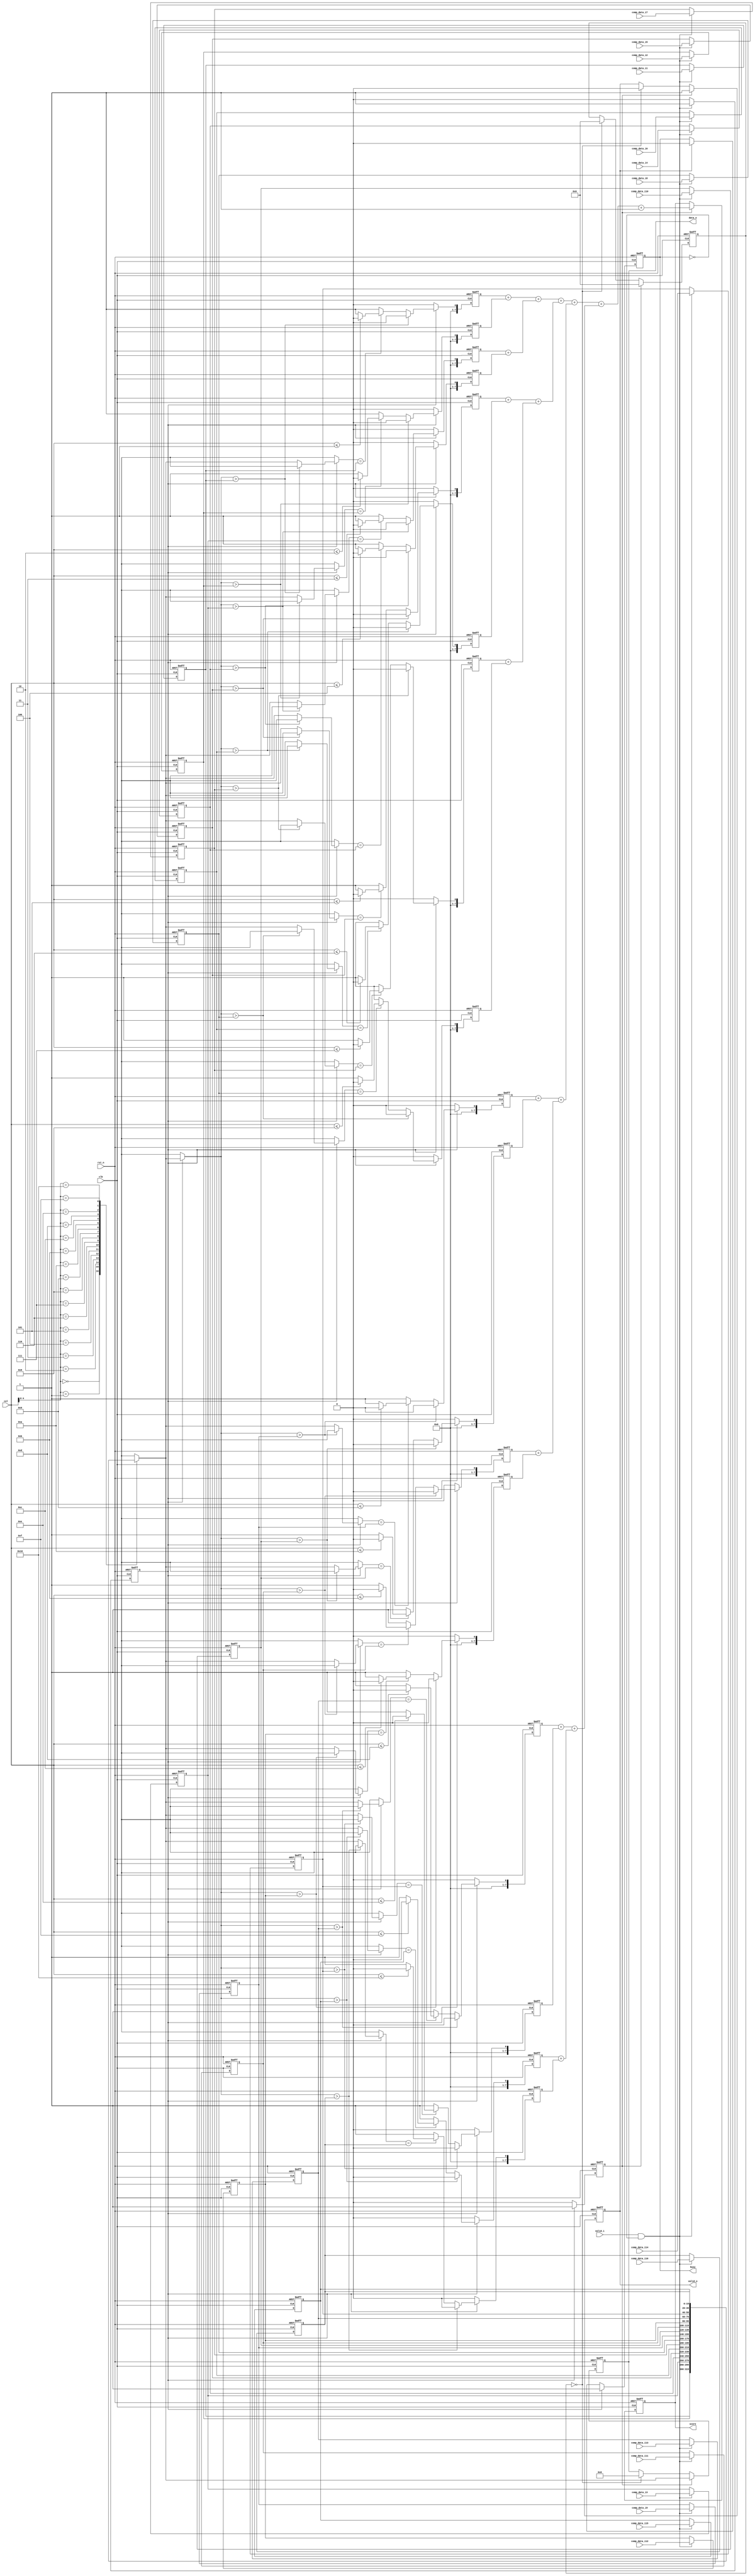
//
module comp_parallel #( 	
	parameter  	COL_WIDTH = 16
)(
	input	    wire						clk,
	input	    wire						rst_n,
	input	    wire		[19:0]		    comp_data_i1, 
	input	    wire		[19:0]		    comp_data_i2, 
	input	    wire		[19:0]		    comp_data_i3, 
	input	    wire		[19:0]		    comp_data_i4, 
	input	    wire		[19:0]		    comp_data_i5, 
	input	    wire		[19:0]		    comp_data_i6, 
	input	    wire		[19:0]		    comp_data_i7, 
	input	    wire		[19:0]		    comp_data_i8, 
	input	    wire		[19:0]		    comp_data_i9, 
	input	    wire		[19:0]		    comp_data_i10, 
	input	    wire		[19:0]		    comp_data_i11, 
	input	    wire		[19:0]		    comp_data_i12, 
	input	    wire		[19:0]		    comp_data_i13, 
	input	    wire		[19:0]		    comp_data_i14, 
	input	    wire		[19:0]		    comp_data_i15, 
	input	    wire		[19:0]		    comp_data_i16, 
	input	    wire						valid_i,	  	 	
	input	    wire		[7:0]			col,
	
	output		reg	    	[7:0]			score,
	output		reg	    	[19:0]		    data_o,
	output		reg						    valid_o,
	output		reg						    busy
);
//--------------------------------------------------------------------------------
	reg										comp_valid_f;					    
	reg										comp_valid_i	[COL_WIDTH:1];
	reg			[7:0]						score_i			[COL_WIDTH:1];
	//reg			[7:0]						count;
	reg			[7:0]						add_cnt;
    reg         [19:0]                      comp_data		[COL_WIDTH:1];
//--------------------------------------------------------------------------------
//----------------------------------------------------------
//----------------------------------------------------
	always@(posedge	clk	or negedge	rst_n) begin
		if(!rst_n)
			busy <= 0;
		else if(comp_valid_f)
			busy <= 1;
		else if(valid_o)
			busy <= 0;
	end
//-----------------------------------------------------------
//----------------------------------------------------
	always@(posedge	clk	or negedge	rst_n) begin
		if(!rst_n) begin
			comp_valid_f <= 0;
			comp_data[1] <= 0;
			comp_data[2] <= 0;
			comp_data[3] <= 0;
			comp_data[4] <= 0;
			comp_data[5] <= 0;
			comp_data[6] <= 0;
			comp_data[7] <= 0;
			comp_data[8] <= 0;
			comp_data[9] <= 0;
			comp_data[10] <= 0;
			comp_data[11] <= 0;
			comp_data[12] <= 0;
			comp_data[13] <= 0;
			comp_data[14] <= 0;
			comp_data[15] <= 0;
			comp_data[16] <= 0;
			//count <= 1;
		end
		else if(valid_i && (~busy)) begin
			//comp_data[count] <= comp_data_i;
			//count <= count + 1;
			comp_valid_f <= 1;
			comp_data[1] <= comp_data_i1;
			comp_data[2] <= comp_data_i2;
			comp_data[3] <= comp_data_i3;
			comp_data[4] <= comp_data_i4;
			comp_data[5] <= comp_data_i5;
			comp_data[6] <= comp_data_i6;
			comp_data[7] <= comp_data_i7;
			comp_data[8] <= comp_data_i8;
			comp_data[9] <= comp_data_i9;
			comp_data[10] <= comp_data_i10;
			comp_data[11] <= comp_data_i11;
			comp_data[12] <= comp_data_i12;
			comp_data[13] <= comp_data_i13;
			comp_data[14] <= comp_data_i14;
			comp_data[15] <= comp_data_i15;
			comp_data[16] <= comp_data_i16;
/*             if(count == COL_WIDTH)
                comp_valid_f <= 1;
			else
                comp_valid_f <= 0; */
		end
		else begin
			comp_valid_f <= 0;
			//count <= 1;
		end
	end
//------------------------------------------------------------
//----------------------------------------------------
	generate
		genvar i;
		for(i=1; i<=COL_WIDTH; i=i+1) begin:unfold_i
			always@(posedge	clk	or	negedge	rst_n) begin
				if(!rst_n) begin	
					comp_valid_i[i] <= 0;
					score_i[i] <= 0;	
				end
				else if(comp_valid_f) begin
                    comp_valid_i[i] <= comp_valid_f;

					if(comp_data[col] > comp_data[i])
						score_i[i] <= 0;
					else if(comp_data[col] == comp_data[i]) begin
						if(col <= i) //
							score_i[i] <= 0;
						else
							score_i[i] <= 1;
					end
					else
						score_i[i] <= 1;	
				end
				else begin
					score_i[i] <= 0;
					comp_valid_i[i] <= 0;
				end
			end
		end
	endgenerate
	
//-------------------------------------------------------------------
//--------------------------------------------------------
/* 	generate
		genvar j;
			for(j=1; j<=COL_WIDTH; j=j+1) begin:unfold_j
				always @(posedge clk	or negedge rst_n) begin
					if(!rst_n) begin
						score_j[j] <= 0;
						comp_valid_j[j] <= 0;
					end
					else if(comp_valid_i[j]) begin
						score_j[j]	<= score_i[j];
						comp_valid_j[j] <= comp_valid_i[j]; 
					end
					else
						comp_valid_j[j] <= 0;
				end
			end
	endgenerate */
//-------------------------------------------------------------------
//------------------------		----------------------
	always@(posedge	clk	or negedge rst_n) begin
		if(!rst_n) begin
			score <= 0;
			//location <= 0;
			add_cnt <= 0;
			data_o <= 0;
			valid_o <= 0;
		end
		else if(comp_valid_i[1] == 1) begin
			add_cnt <= 0;
			score <= ( ( score_i[1]+score_i[2] ) + ( score_i[3]+score_i[4] ) ) +
					( ( score_i[5]+score_i[6] ) + ( score_i[7]+score_i[8] ) ) +
					( ( score_i[9]+score_i[10] ) + ( score_i[11]+score_i[12] ) ) +
					( ( score_i[13]+score_i[14] ) + ( score_i[15]+score_i[16] ) ) + 1;
			//location <= {row[7:0], col[7:0]};//,
			data_o <= comp_data[col];//
			valid_o <= 1;
		end
		else begin	
			case(add_cnt)
				0: begin
					add_cnt <= 0;
					data_o <= 0;
					valid_o <= 0;
					//location <= 0;
				end
			endcase
		end
	end
endmodule